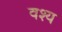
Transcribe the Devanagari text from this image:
वश्य